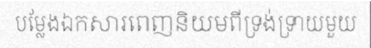
បម្លែងឯកសារពេញនិយមពីទ្រង់ទ្រាយមួយ